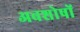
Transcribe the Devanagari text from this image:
अवशोषों